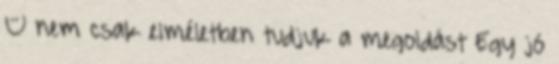
– nem csak elméletben tudjuk a megoldást Egy jó